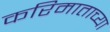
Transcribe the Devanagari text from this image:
करिमाताच्या